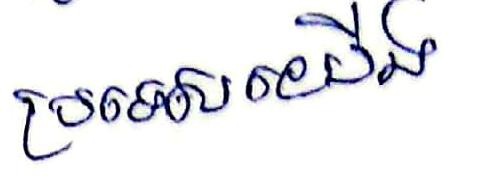
ប្រទេសយើង